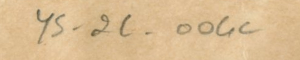
YS_2C_004c